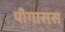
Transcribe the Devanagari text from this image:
पीगासस